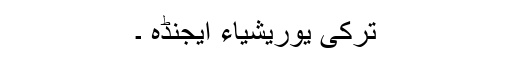
ترکی یوریشیاء ایجنڈہ ۔